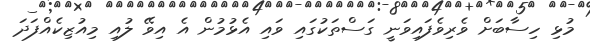
މުޅި ހިސާބަށް ވެރިވެފައިވަނީ ގަސްތަކުގައި ވައި އެޅުމުން އެ އިވޭ ލުއި މިއުޒިކެއްފަދަ